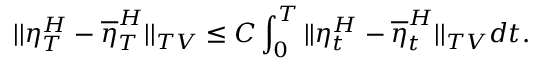
| | \eta _ { T } ^ { H } - \overline { { \eta } } _ { T } ^ { H } | | _ { T V } \leq C \int _ { 0 } ^ { T } | | \eta _ { t } ^ { H } - \overline { { \eta } } _ { t } ^ { H } | | _ { T V } d t .